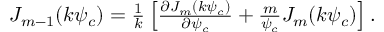
\begin{array} { r } { J _ { m - 1 } ( k \psi _ { c } ) = \frac { 1 } { k } \left[ \frac { \partial J _ { m } ( k \psi _ { c } ) } { \partial \psi _ { c } } + \frac { m } { \psi _ { c } } J _ { m } ( k \psi _ { c } ) \right] . } \end{array}